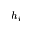
h _ { i }